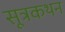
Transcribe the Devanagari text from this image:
सूत्रकथन